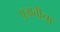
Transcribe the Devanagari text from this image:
प्रजातीया